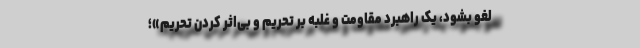
لغو بشود، یک راهبرد مقاومت و غلبه بر تحریم و بی‌اثر کردن تحریم»؛